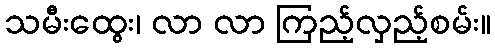
သမီးထွေး၊ လာ လာ ကြည့်လှည့်စမ်း။